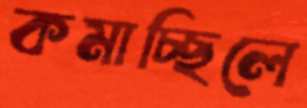
কমাচ্ছিলে